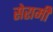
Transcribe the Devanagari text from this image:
सेरामी